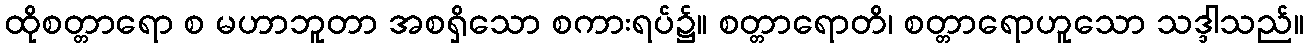
ထိုစတ္တာရော စ မဟာဘူတာ အစရှိသော စကားရပ်၌။ စတ္တာရောတိ၊ စတ္တာရောဟူသော သဒ္ဒါသည်။